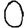
Digit: 0